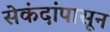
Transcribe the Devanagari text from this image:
सेकंदांपासून